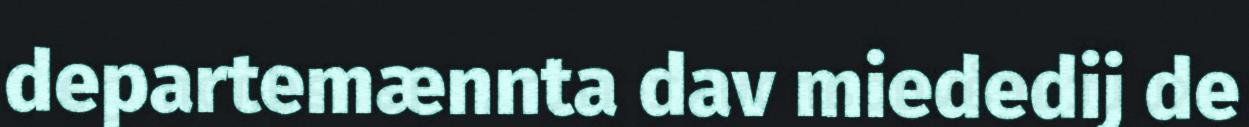
departemænnta dav miededij de